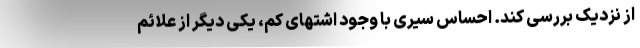
از نزدیک بررسی کند. احساس سیری با وجود اشتهای کم، یکی دیگر از علائم